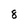
Character: 8